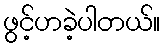
ဖွင့်ဟခဲ့ပါတယ်။